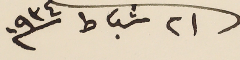
٢١ شباط ١٩٣٤